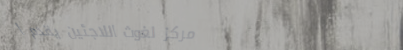
مركز لغوث اللاجئين يقدم ا